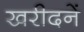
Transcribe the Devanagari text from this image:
खरीदनें